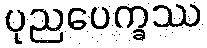
ပုညပေက္ခဿ